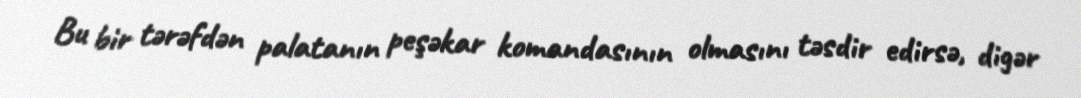
Bu bir tərəfdən palatanın peşəkar komandasının olmasını təsdir edirsə, digər